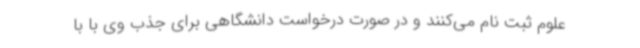
علوم ثبت نام می‌کنند و در صورت درخواست دانشگاهی برای جذب وی با با